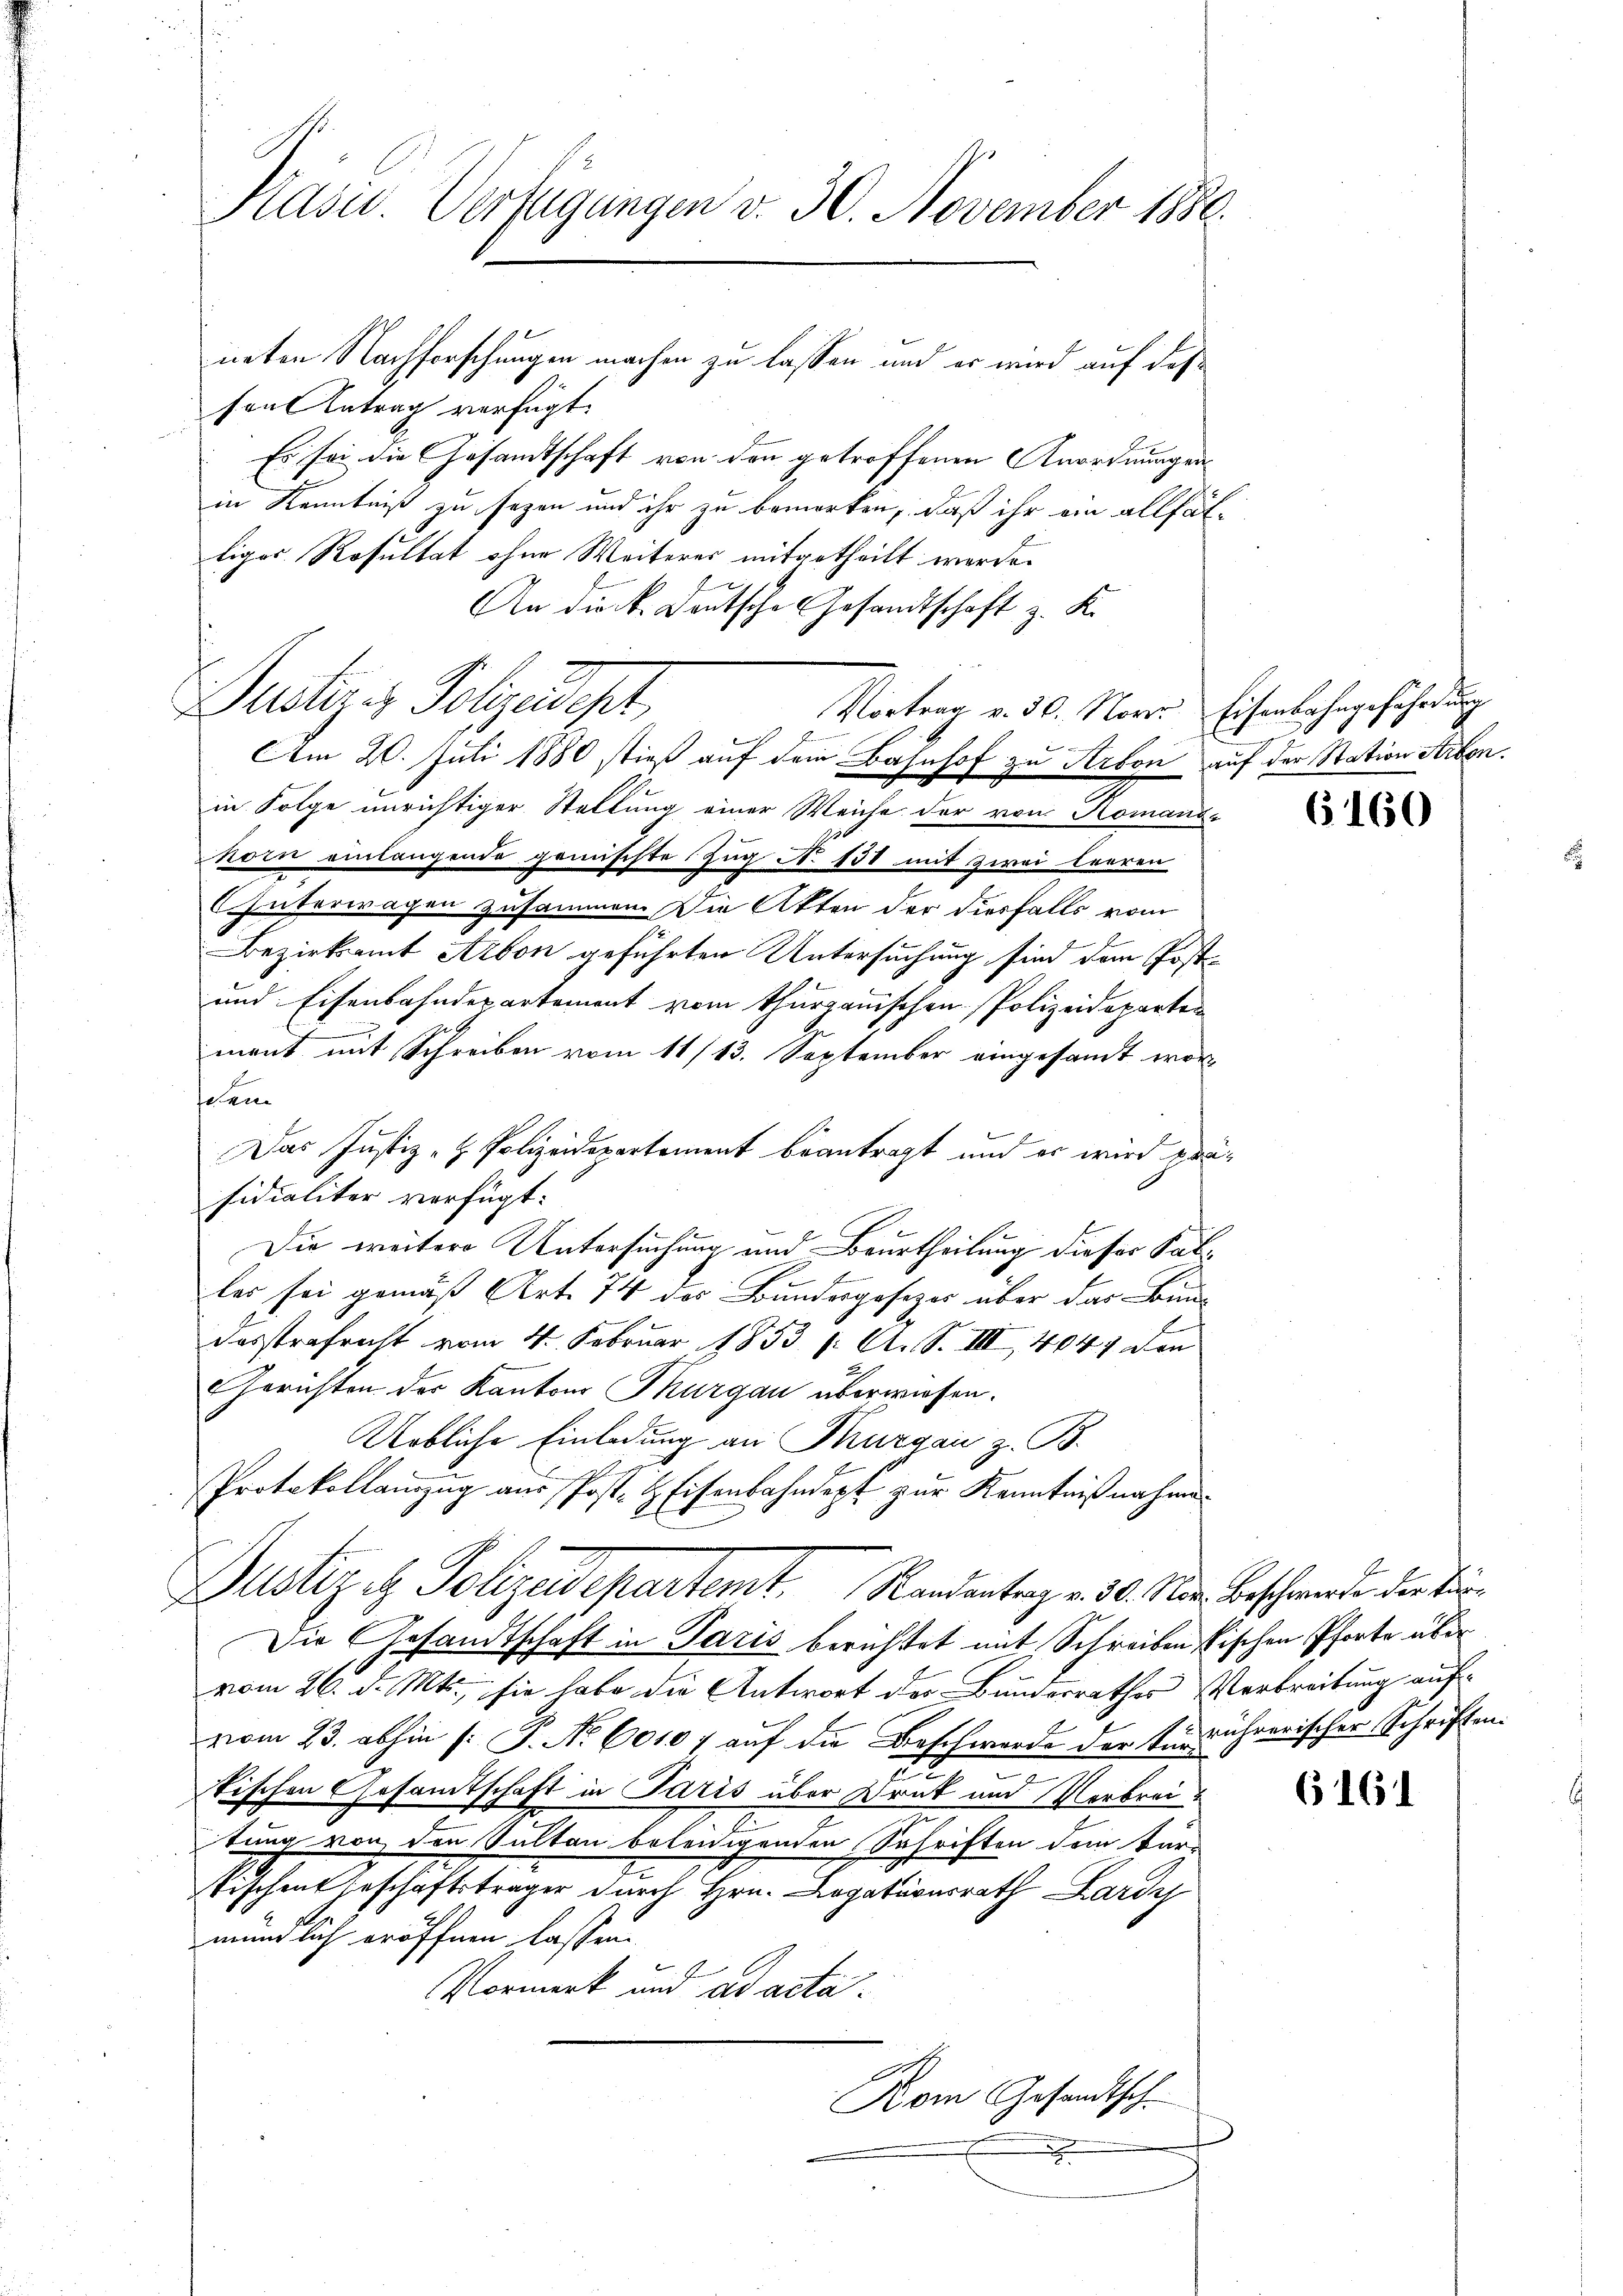
Präsid. Verfügungen v. 30. November 1880.
neten Nachforschungen machen zu lassen und er wird auf des¬

sen Antrag verfügt:
Es sei die Gesandtschaft von den getroffenen Anordnungenin Kenntniß zu sezen und ihr zu bemerken, daß ihr ein allfälligos Resultat ohne Weiteres mitgetheilt werde.
An dieck. Deutsche Gesandtschaft z. K.
Mtizes Polizeidigt,
Am 20. Juli 1880 stieß auf dem Bahnhof zu Arbon auf der Station Arbon
in Folge unrichtiger Stellung einer Weiche der von Romano-
kom einlangende gemischte Zug N. 131 mit zwei leeren
(Interwagen zusammen. Die Akten der diesfalls vom
Bezirksamt Arbon geführten Untersuchung sind dem Post¬
und Eisenbahndepartement vom Thurgauischen Polizeideparten
mant mit Schreiben vom 11/13. September eingesandt wordem
Das Justiz- & Polizeidepartement beantragt und er wird präsidialiter verfügt:
Die weitere Untersuchung und Beurtheilung dieser Sätles sei gemäß Art. 74 des Bundesgesezes über das Bun-
Dosstrafricht vom 4. Februar 1853 /: A. S. III, 4047 den
Gerichten der Kantons Thurgau überwiesen.
Uebliche Einladung an Thurgau z. B.
Protokollamzŭg aŭs Post. l. Eisenbahndept zur Kenntnißnahme
Dustiz & Polizeidepartemt. Randentrag v. 30. Min. Beschwerde der Be¬
Die Gesandtschaft in Paris berichtet mit Schreiben Fischen Pforte über
vom 26. d. Mts., sie habe die Antwort der Bundesrathes Verbreitung aufvom 23. abhin (: P. No 6010 / auf die Beschwerde der Einrührerischer Schriften.
e
.
tischen Gesamtschaft in Paris über Druk und Verbreitung von den Sulten beleidigenden Schriften dem Für-
Tischen Geschäftsträger durch Hrn. Legationsrath Lardy
mündlich eröffnen lassen.
Vormerk und ad acta.
Kom Gesandtsch-

Vortrag v. 30. Nover Eisenbahngefährdung

160

6161